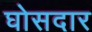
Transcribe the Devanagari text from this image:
घोसदार